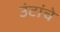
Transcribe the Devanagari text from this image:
उंटांचे